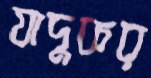
যাদুকর